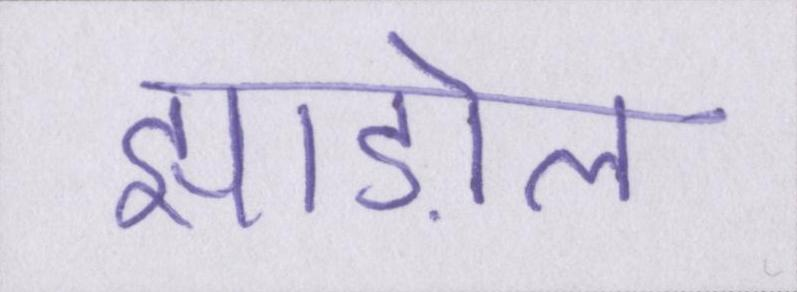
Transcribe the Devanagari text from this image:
झाड़ोल